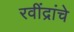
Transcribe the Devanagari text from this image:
रवींद्रांचे